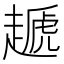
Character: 䞾